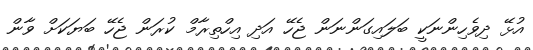
އުޅޭ ދިވެހިންނަކީ ބަލައިގަންނަން ޖެހޭ އަދި އިހްތިރާމް ކުރަން ޖެހޭ ބަޔަކަށް ވާން